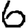
Digit: 6